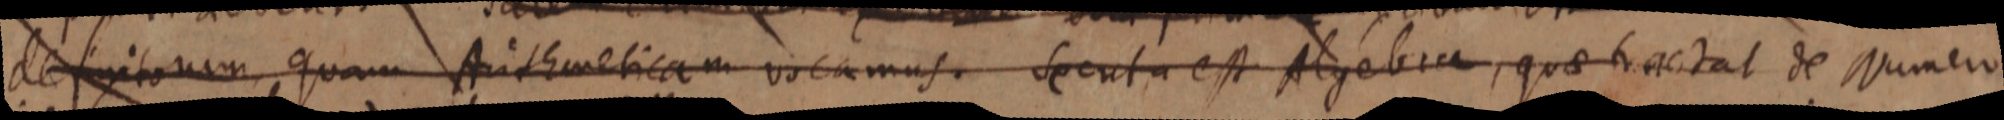
definitiorum, quam Arithmeticam viscamus. Secuta est Algebra, quae tractat de Numero